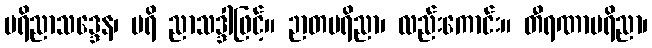
ပရိညာသဒ္ဒေန၊ ပရိ ညာသဒ္ဒါဖြင့်။ ဉာတပရိညာ၊ လည်းကောင်း။ တီရဏာပရိညာ၊